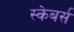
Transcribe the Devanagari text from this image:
स्केबर्स